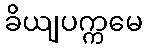
ခိယျပက္ကမေ